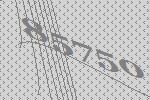
85750